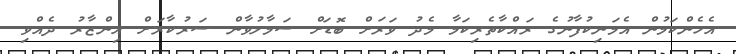
އެހެންކަމުން އެމަނިކުފާނުގެ ރައްކާތެރިކަމާ މެދު ވަރަށް ބޮޑަށް ސަމާލުވާން ސަރުކާރަށް އިންޒާރު ދެއްވި